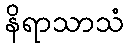
နိရာသာသံ